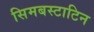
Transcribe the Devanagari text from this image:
सिमबस्टाटिन